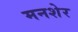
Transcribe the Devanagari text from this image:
मनशेर